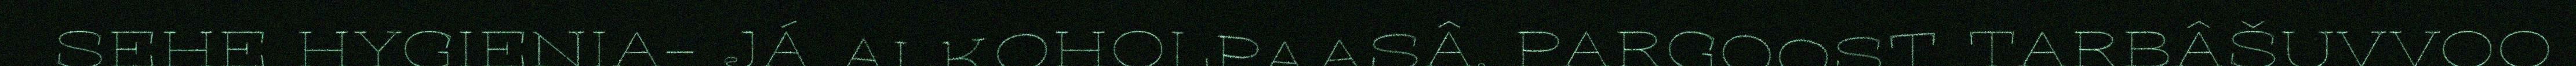
SEHE HYGIENIA- JÁ ALKOHOLPAASÂ. PARGOOST TARBÂŠUVVOO